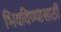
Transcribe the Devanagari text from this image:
भिवविण्यासाठी